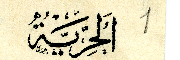
اَلحُرِيّةُ